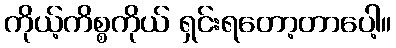
ကိုယ့်ကိစ္စကိုယ် ရှင်းရတော့တာပေါ့။